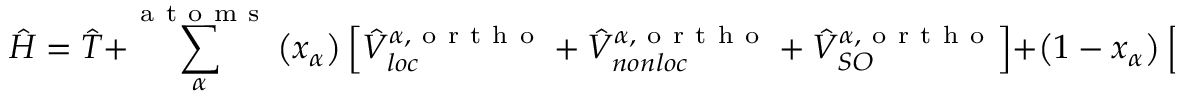
\hat { H } = \hat { T } + \sum _ { \alpha } ^ { \mathrm { ~ a ~ t ~ o ~ m ~ s ~ } } \left( x _ { \alpha } \right) \left[ \hat { V } _ { l o c } ^ { \alpha , \mathrm { ~ o ~ r ~ t ~ h ~ o ~ } } + \hat { V } _ { n o n l o c } ^ { \alpha , \mathrm { ~ o ~ r ~ t ~ h ~ o ~ } } + \hat { V } _ { S O } ^ { \alpha , \mathrm { ~ o ~ r ~ t ~ h ~ o ~ } } \right] + \left( 1 - x _ { \alpha } \right) \left[ \hat { V } _ { l o c } ^ { \alpha , \mathrm { ~ c ~ u ~ b ~ i ~ c ~ } } + \hat { V } _ { n o n l o c } ^ { \alpha , \mathrm { ~ c ~ u ~ b ~ i ~ c ~ } } + \hat { V } _ { S O } ^ { \alpha , \mathrm { ~ c ~ u ~ b ~ i ~ c ~ } } \right]